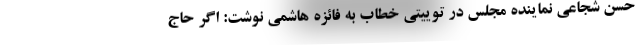
حسن شجاعی نماینده مجلس در توییتی خطاب به فائزه هاشمی نوشت: اگر حاج